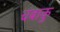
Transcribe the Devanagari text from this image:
चंबाकु